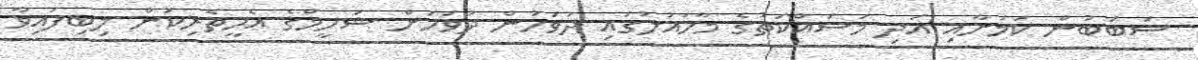
ސަބަބުން ކަަމަށާއި އަދި މަސައްކަތުގެ މާހައުލުގައި ދުވަހުން ދުވަހަށް ޝަހީމްގެ އެހީތެރިކަން ލިބިފައިވާ